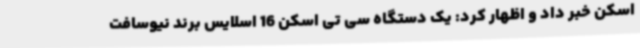
اسکن خبر داد و اظهار کرد: یک دستگاه سی تی اسکن 16 اسلایس برند نیوسافت